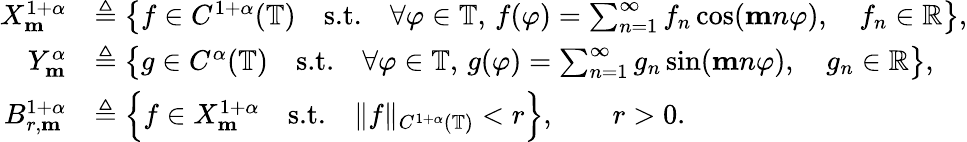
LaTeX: \begin{array}{rl}{X_{\mathbf{m}}^{1+\alpha}}&{\triangleq\left\lbrace f\in C^{1+\alpha}(\mathbb{T})\quad\textnormal{s.t.}\quad\forall\varphi\in\mathbb{T},\, f(\varphi)=\sum_{n=1}^{\infty}f_{n}\cos(\mathbf{m}n\varphi),\quad f_{n}\in\mathbb{R}\right\rbrace,}\\ {Y_{\mathbf{m}}^{\alpha}}&{\triangleq\left\lbrace g\in C^{\alpha}(\mathbb{T})\quad\textnormal{s.t.}\quad\forall\varphi\in\mathbb{T},\, g(\varphi)=\sum_{n=1}^{\infty}g_{n}\sin(\mathbf{m}n\varphi),\quad g_{n}\in\mathbb{R}\right\rbrace,}\\ {B_{r,\mathbf{m}}^{1+\alpha}}&{\triangleq\Big\{ f\in X_{\mathbf{m}}^{1+\alpha}\quad\textnormal{s.t.}\quad\| f\| _{C^{1+\alpha}(\mathbb{T})}<r\Big\} ,\qquad r>0.}\end{array}